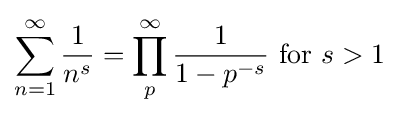
\sum _{n=1}^{\infty }{\frac {1}{n^{s}}}=\prod _{p}^{\infty }{\frac {1}{1-p^{-s}}}{\text{ for }}s>1